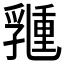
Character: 𠄉